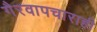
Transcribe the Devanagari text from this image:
गैरवापचाराही